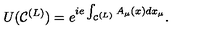
U ( { \cal C } ^ { ( L ) } ) = e ^ { i e \int _ { { \cal C } ^ { ( L ) } } A _ { \mu } ( x ) d x _ { \mu } } .